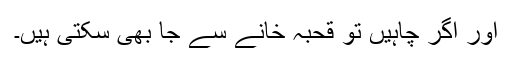
اور اگر چاہیں تو قحبہ خانے سے جا بھی سکتی ہیں۔